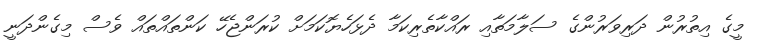
މީގެ އިތުރުން ދަރިވަރުންގެ ސަލާމަތާއި ރައްކާތެރިކަމާ ދެޅަހެޔޮކަމަށް ކުރަންޖެހޭ ކަންތައްތައް ވެސް މިގެންދަނީ